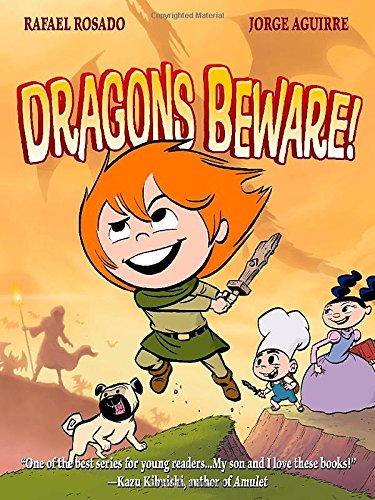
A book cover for Dragons Beware! (The Chronicles of Claudette); Jorge Aguirre; Children's Books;